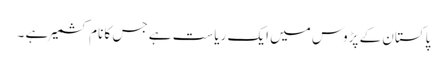
پاکستان کے پڑوس میں ایک ریاست ہے جس کا نام کشمیر ہے ۔